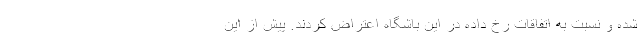
شده و نسبت به اتفاقات رخ داده در این باشگاه اعتراض کردند. پیش از این